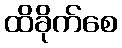
ထိခိုက်စေ